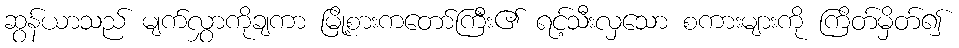
ဆွန်ယာသည် မျက်လွှာကိုချကာ မြို့စားကတော်ကြီး၏ ရင့်သီးလှသော စကားများကို ကြိတ်မှိတ်၍